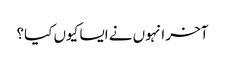
آخر انہوں نے ایسا کیوں کیا؟